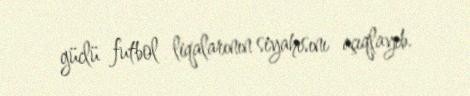
güclü futbol liqalarının siyahısını açıqlayıb.